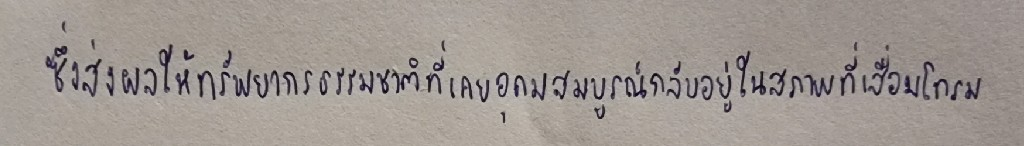
ซึ่งส่งผลให้ทรัพยากรธรรมชาติที่เคยอุดมสมบูรณ์กลับอยู่ในสภาพที่เสื่อมโทรม